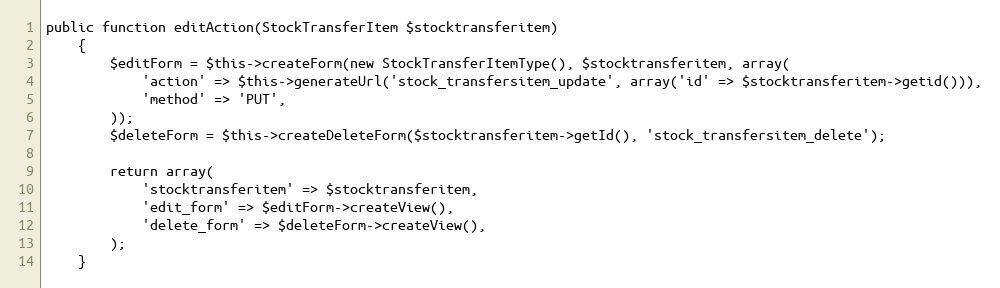
Language: PHP
public function editAction(StockTransferItem $stocktransferitem)
    {
        $editForm = $this->createForm(new StockTransferItemType(), $stocktransferitem, array(
            'action' => $this->generateUrl('stock_transfersitem_update', array('id' => $stocktransferitem->getid())),
            'method' => 'PUT',
        ));
        $deleteForm = $this->createDeleteForm($stocktransferitem->getId(), 'stock_transfersitem_delete');

        return array(
            'stocktransferitem' => $stocktransferitem,
            'edit_form' => $editForm->createView(),
            'delete_form' => $deleteForm->createView(),
        );
    }